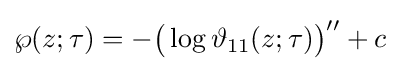
\wp (z;\tau )=-{\big (}\log \vartheta _{11}(z;\tau ){\big )}''+c